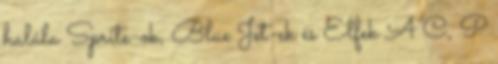
halála Sprite-ok, Blue Jet-ek és Elfek A C, P